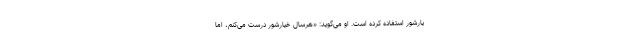
یارشور استفاده کرده است. او می‌گوید: «هرسال خیارشور درست می‌کنم، اما